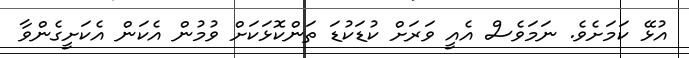
އުޅޭ ކަމަށެވެ. ނަމަވެސް އެއީ ވަރަށް ކުޑަކުޑަ ތަންކޮޅަކަށް ވުމުން އެކަން އެކަށީގެންވާ